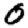
Digit: 0